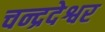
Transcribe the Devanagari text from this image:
चन्द्रदेश्वर